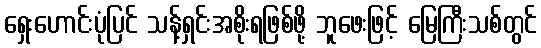
ရှေးဟောင်းပုံပြင် သန့်ရှင်းအစိုးရဖြစ်ဖို့ ဘူဖေးဖြင့် မြေကြီးသစ်တွင်